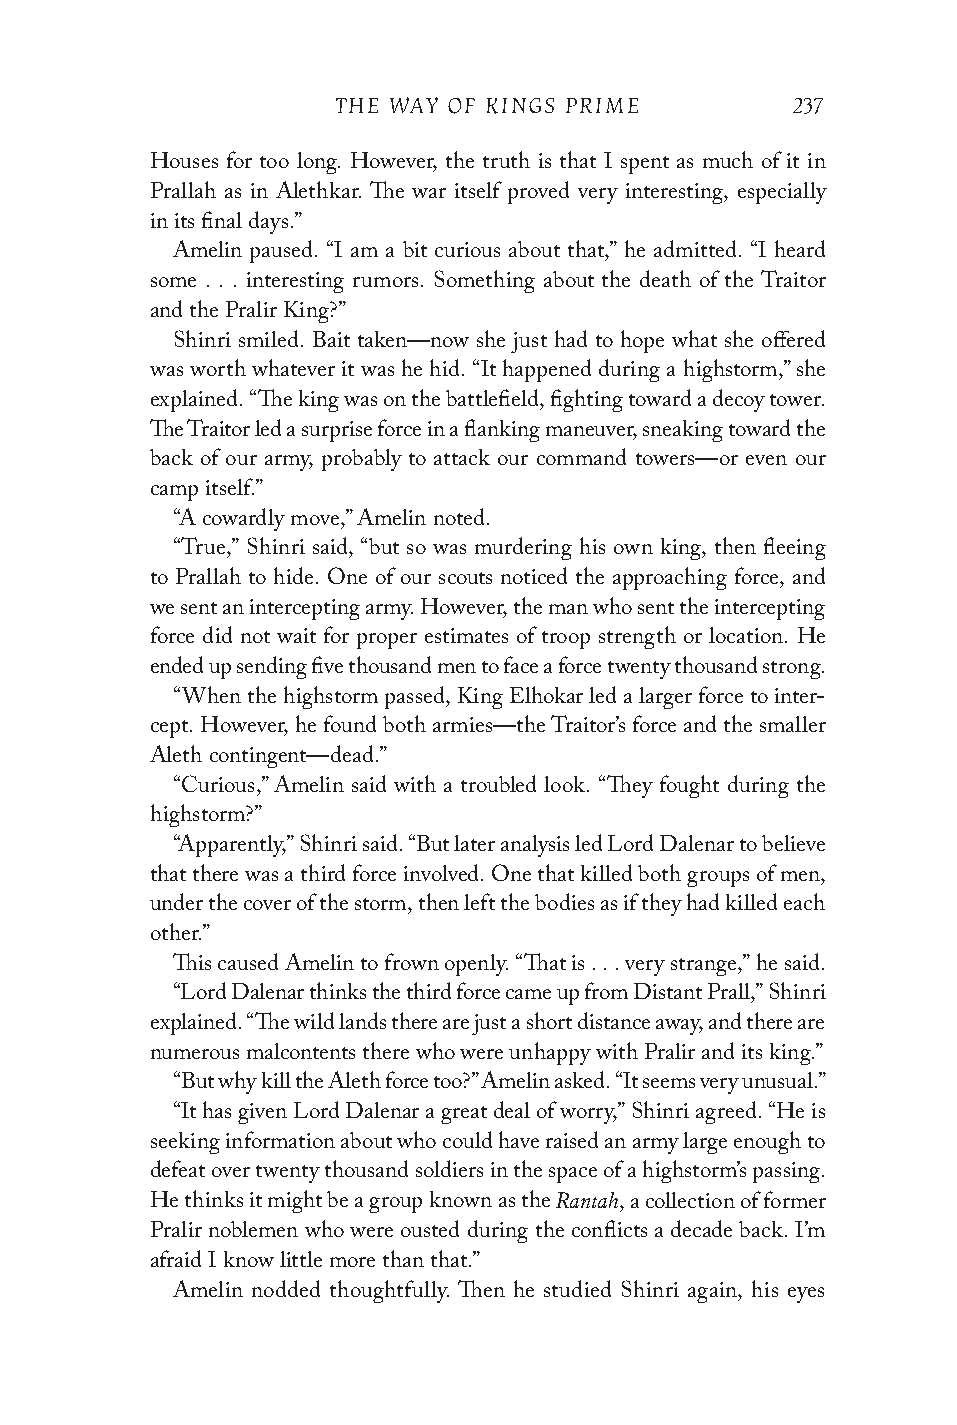
THE WAY OF KINGS PRIME        237
 Houses for too long. However, the truth is that I spent as much of it in
 Prallah as in Alethkar. The war itself proved very interesting, especially
 in its final days.”
 Amelin paused. “I am a bit curious about that,” he admitted. “I heard
 some . . . interesting rumors. Something about the death of the Traitor
 and the Pralir King?”
 Shinri smiled. Bait taken—now she just had to hope what she offered
 was worth whatever it was he hid. “It happened during a highstorm,” she
 explained. “The king was on the battlefield, fighting toward a decoy tower.
 The Traitor led a surprise force in a flanking maneuver, sneaking toward the
 back of our army, probably to attack our command towers—or even our
 camp itself.”
 “A cowardly move,” Amelin noted.
 “True,” Shinri said, “but so was murdering his own king, then fleeing
 to Prallah to hide. One of our scouts noticed the approaching force, and
 we sent an intercepting army. However, the man who sent the intercepting
 force did not wait for proper estimates of troop strength or location. He
 ended up sending five thousand men to face a force twenty thousand strong.
 “When the highstorm passed, King Elhokar led a larger force to inter-
 cept. However, he found both armies—the Traitor’s force and the smaller
 Aleth contingent—dead.”
 “Curious,” Amelin said with a troubled look. “They fought during the
 highstorm?”
 “Apparently,” Shinri said. “But later analysis led Lord Dalenar to believe
 that there was a third force involved. One that killed both groups of men,
 under the cover of the storm, then left the bodies as if they had killed each
 other.”
 This caused Amelin to frown openly. “That is . . . very strange,” he said.
 “Lord Dalenar thinks the third force came up from Distant Prall,” Shinri
 explained. “The wild lands there are just a short distance away, and there are
 numerous malcontents there who were unhappy with Pralir and its king.”
 “But why kill the Aleth force too?” Amelin asked. “It seems very unusual.”
 “It has given Lord Dalenar a great deal of worry,” Shinri agreed. “He is
 seeking information about who could have raised an army large enough to
 defeat over twenty thousand soldiers in the space of a highstorm’s passing.
 Rantah
 He thinks it might be a group known as the , a collection of former
 Pralir noblemen who were ousted during the conflicts a decade back. I’m
 afraid I know little more than that.”
 Amelin nodded thoughtfully. Then he studied Shinri again, his eyes